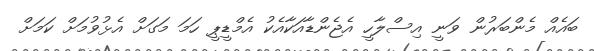
ބައެއް މެންބަރުން ވަނީ އިސްލާހީ އެޖެންޑާއަކާއެކު އެމްޑީޕީ ހަމަ މަގަށް އެޅުވުމަށް ކަމަށް